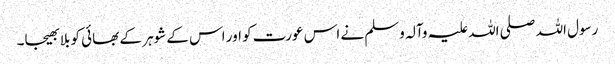
رسول اللہ صلی اللہ علیہ وآلہ وسلم نے اس عورت کو اور اس کے شوہر کے بھائی کو بلا بھیجا۔